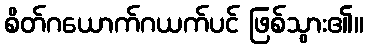
စိတ်ဂယောက်ဂယက်ပင် ဖြစ်သွား၏။